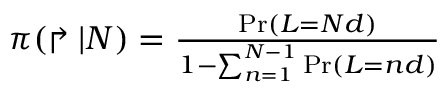
\begin{array} { r } { \pi ( \Rsh | N ) = \frac { \operatorname* { P r } ( L = N d ) } { 1 - \sum _ { n = 1 } ^ { N - 1 } \operatorname* { P r } ( L = n d ) } } \end{array}